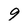
Character: 9